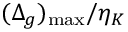
( \Delta _ { g } ) _ { \operatorname* { m a x } } / \eta _ { K }